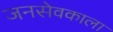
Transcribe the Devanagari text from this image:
जनसेवकाला